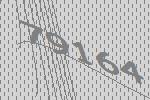
79164